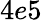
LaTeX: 4e5